Statistics compiled by the Government of India from the reports of provincial Civil Veterinary Departments
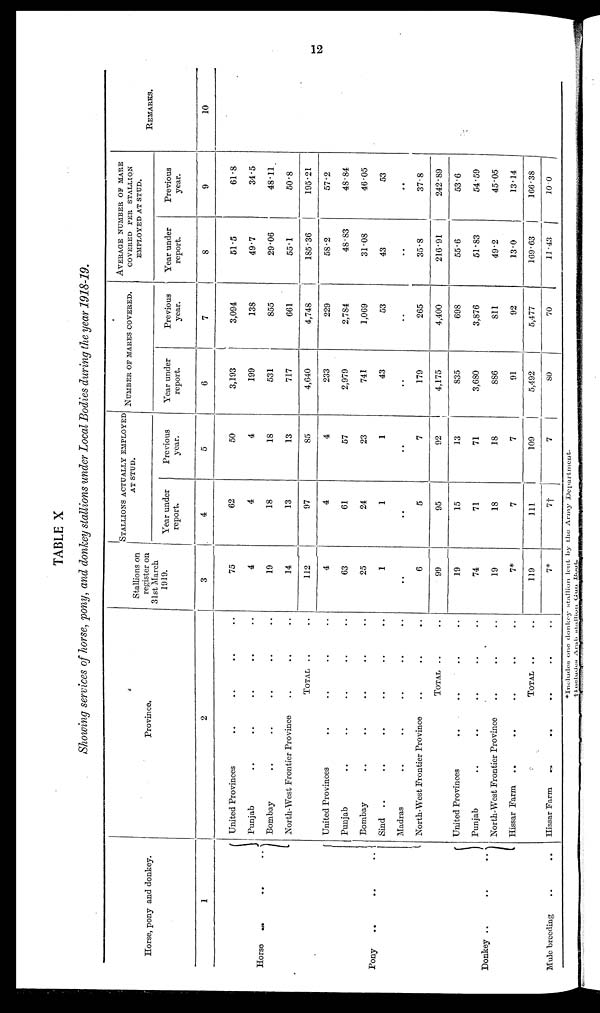
12
TABLE X
Showing services of horse, pony, and donkey stallions under Local Bodies during the year 1918-19.
Horse, pony and donkey.
1
Horse
..
..
..
Pony
..
..
..
Donkey ..
..
..
Mule breeding .. ..
Province.
2
United Provinces .. .. .. .. ..
Punjab
..
..
..
..
..
Bombay
..
..
..
..
..
North-West Frontier Province
..
..
TOTAL .. .. .. .. ..
United Provinces .. .. .. .. ..
Punjab
..
..
..
..
..
Bombay .. .. .. .. ..
Sind
..
..
..
..
..
Madras
..
..
..
..
..
North-West Frontier Province
..
..
..
TOTAL .. .. .. .. ..
United Provinces
..
..
..
..
..
Punjab
..
..
..
..
..
North-West Frontier Province
..
..
..
Hissar Farm
..
..
..
..
..
TOTAL
..
..
Hissar Farm
..
..
..
..
..
Stallions on
register on
31st March
1919.
3
75
4
19
14
112
4
63
25
1
..
6
99
19
74
19
7*
119
7*
STALLATION ACTUALLY EMPLOYED
AT STUD.
AT STUD.
Year under
report.
4
62
4
18
13
97
4
61
24
1
..
5
95
15
71
13
7
111
7†
Previous
year.
5
50
4
18
13
85
4
57
23
1
..
7
92
13
71
18
7
109
7
NUMBER OF MAKES COVERED.
Year under
report.
6
3,193
199
531
717
4,640
233
2,979
741
43
..
179
4,175
835
3,680
886
91
5,492
80
Previous
year.
7
3,094
138
855
661
4,748
229
2,784
1,069
53
..
205
4,400
698
3,876
811
92
5,477
70
AVERAGE NUMBER OF MARE
COVERED PER STALLION
EMPLOYED AT STUD.
Year under
report.
8
51.5
49.7
29.06
55.1
185.36
58.2
48.83
31.08
43
..
35.8
216.91
55.6
51.83
49.2
13.0
169.63
11.43
Previous
year.
9
61.8
34.5
48.11
50.8
195.21
57.2
48.84
46.05
53
..
37.8
242.89
53.6
54.59
45.05
13.14
166.38
10 0
REMARKS.
10
*Includes
one
donkey
stallion
lent
by
the
Army
Department.
Includes
Arab
stallion
Can
Boot.